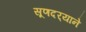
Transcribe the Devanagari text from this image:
सूणदर्‍याने